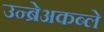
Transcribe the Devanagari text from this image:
उन्ब्रेअकब्ले